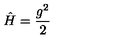
\hat { H } = \frac { g ^ { 2 } } { 2 }